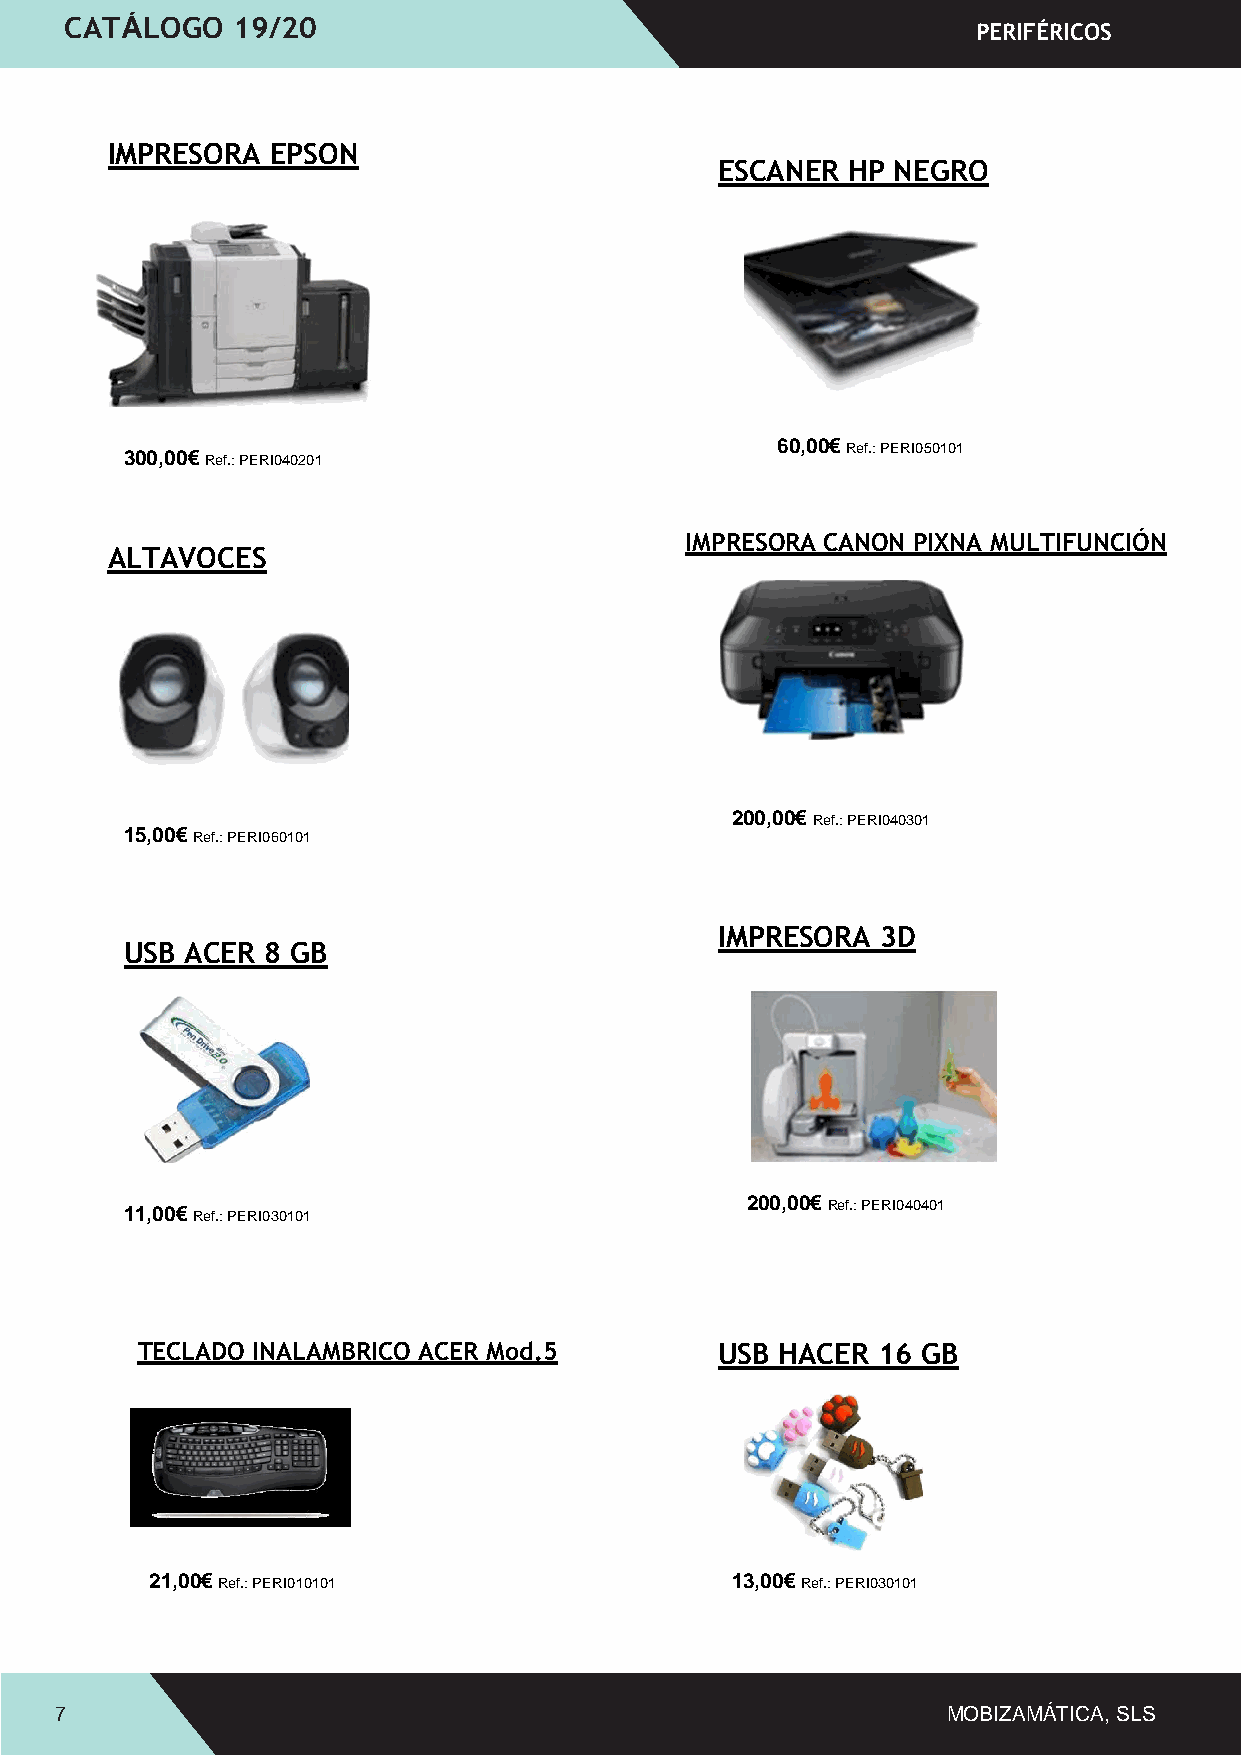
CATÁLOGO   19/20
 PERIFÉRI COS
 IMPRESORA  EPSON
 ESCANER HP NEGRO
 60,00€ Ref.: PERI050101
 300,00€ Ref.: PERI040201
 IMPRESORA CANON PIXNA MULTIFUNCIÓN
 ALTAVOCES
 200,00€ Ref.: PERI040301
 15,00€ Ref.: PERI060101
 IMPRESORA 3D
 USB ACER  8 GB
 11,00€ Ref.: PERI030101                  200,00€ Ref.: PERI040401
 TECLADO INALAMBRICO ACER Mod.5         USB HACER 16 GB
 21,00€ Ref.: PERI010101               13,00€ Ref.: PERI030101
 7                                                          MOBIZAMÁTICA, SLS